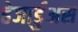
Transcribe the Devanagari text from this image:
हेजार्डुअस